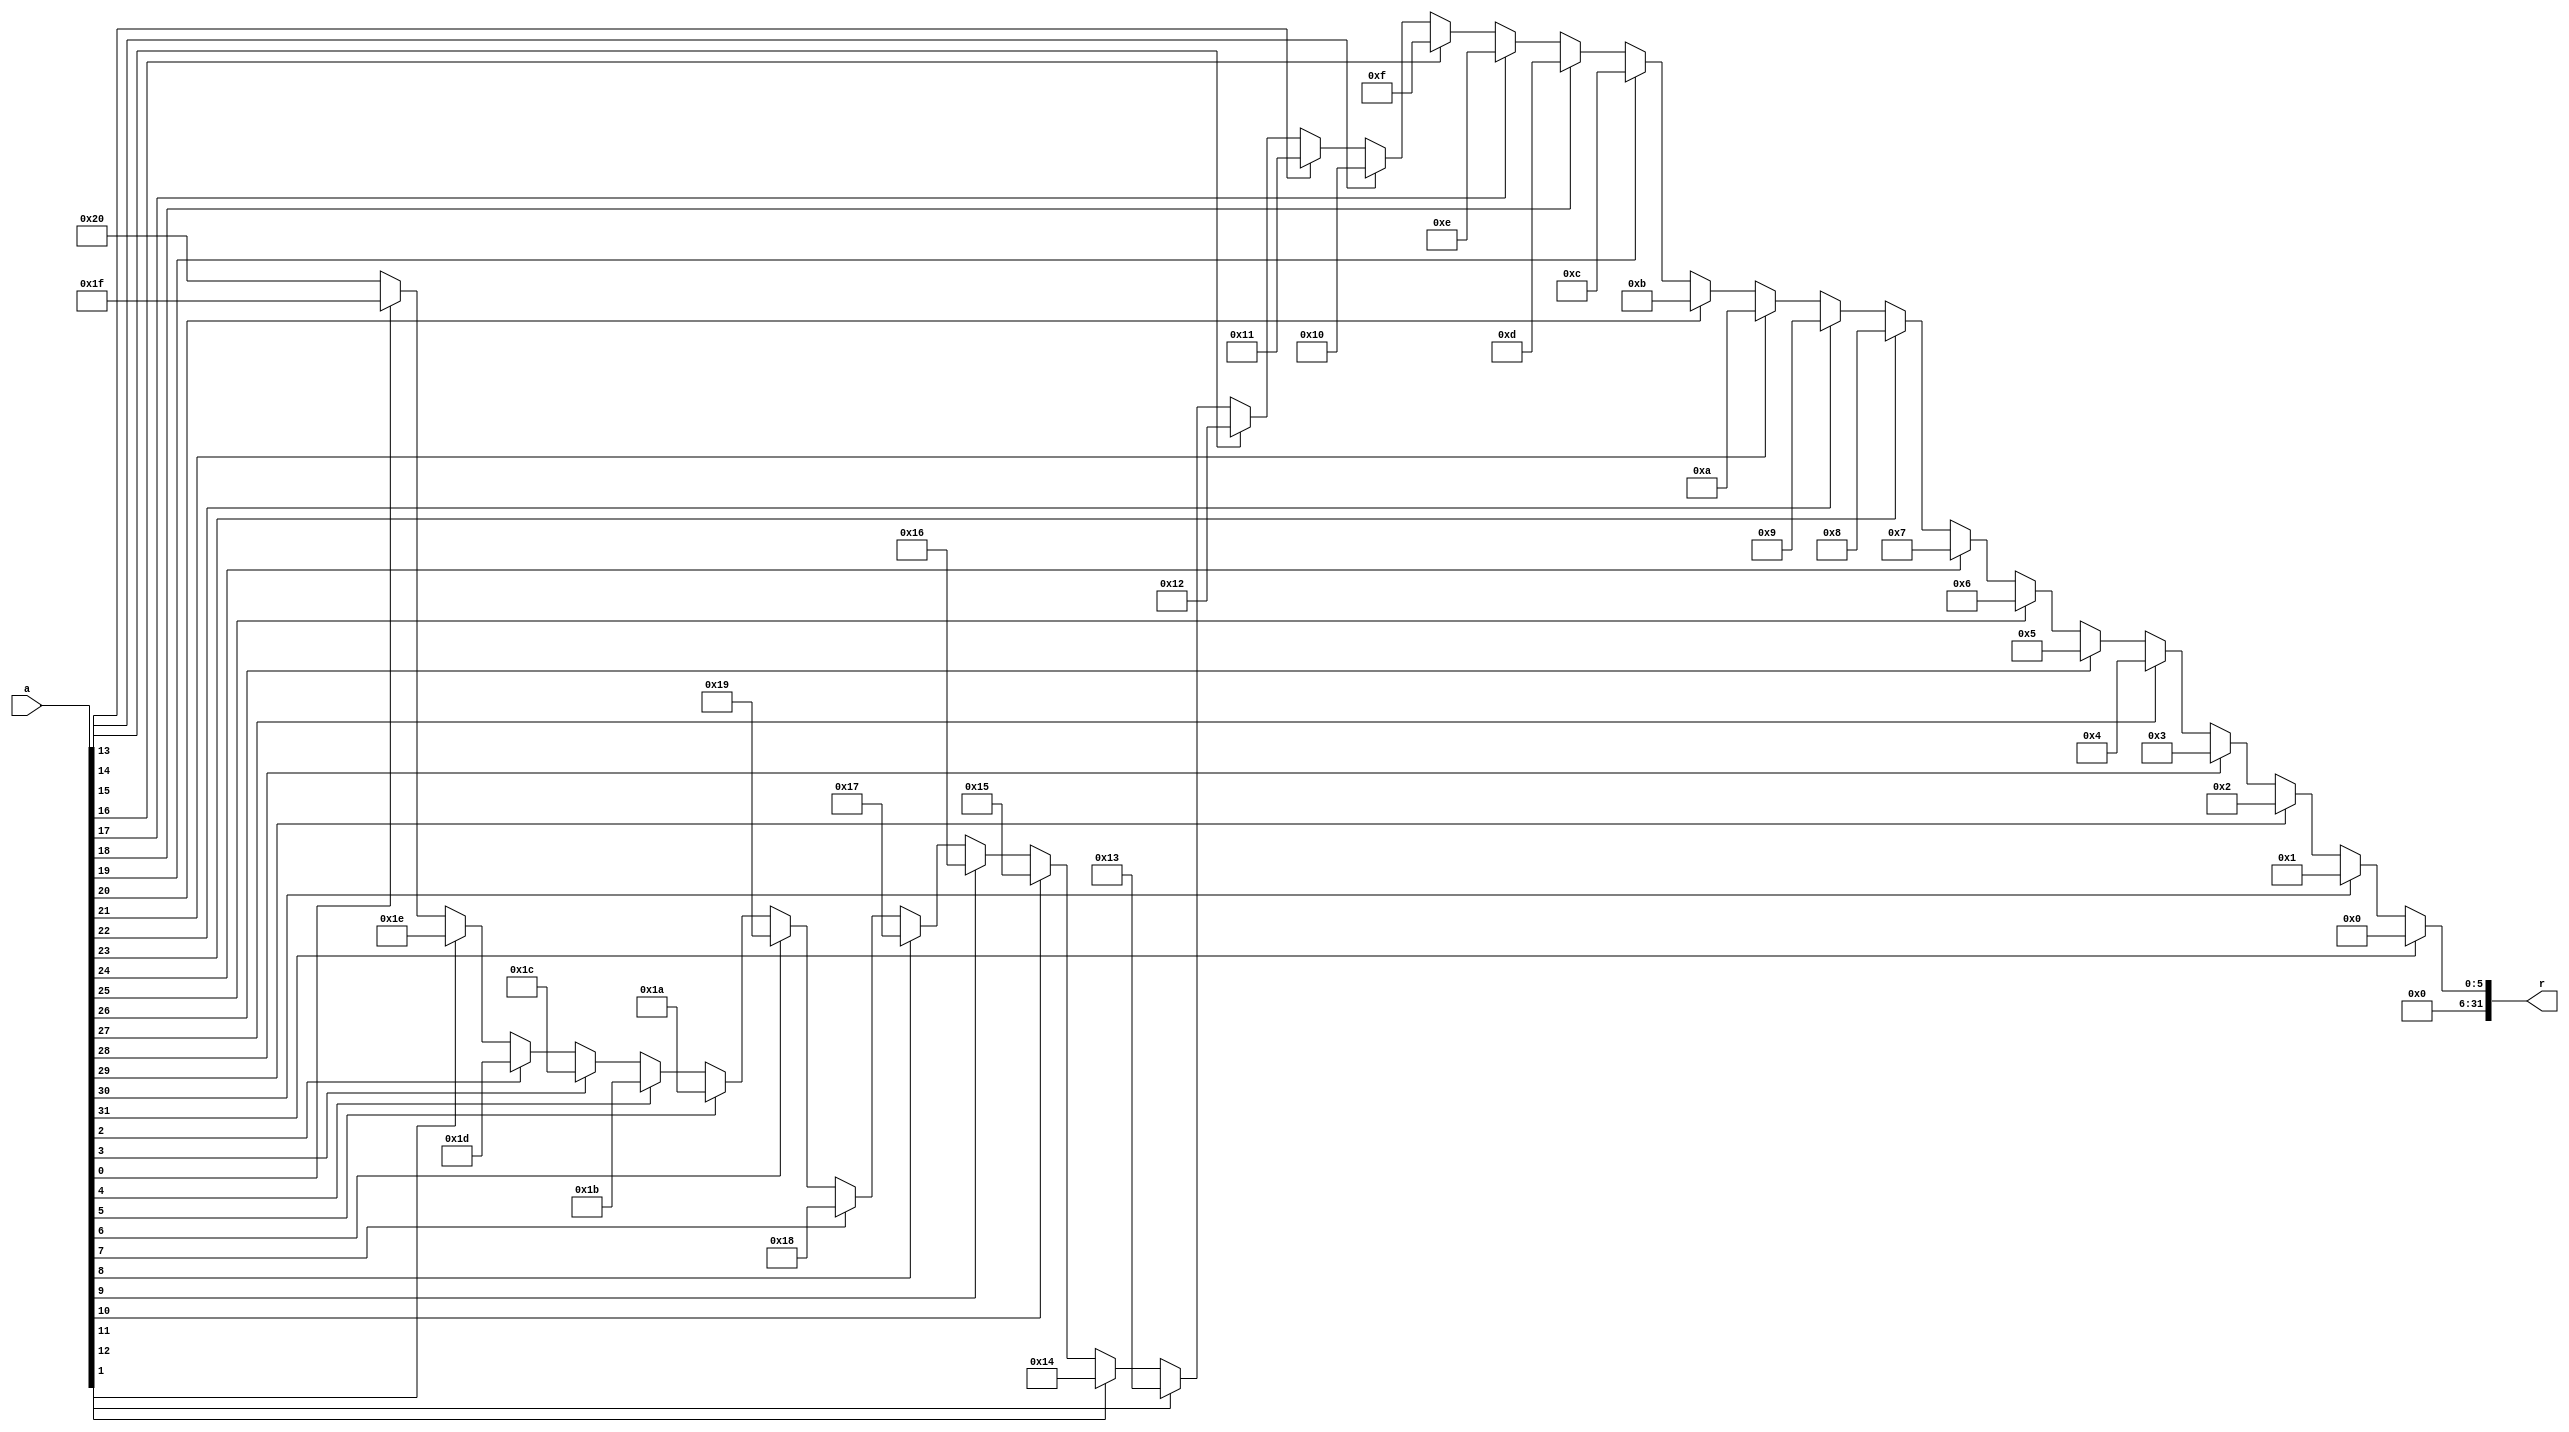
`timescale 1ns / 1ps

module clz(
    input [31:0] a,
    output [31:0] r
    );
    reg [31:0] tmp;
    assign r=tmp;
    
    always @ (*) begin
          if(a[31])
          tmp=0;
          else if(a[30])
          tmp=1;
          else if(a[29])
          tmp=2;
          else if(a[28])
          tmp=3;
          else if(a[27])
          tmp=4;
          else if(a[26])
          tmp=5;
          else if(a[25])
          tmp=6;
          else if(a[24])
          tmp=7;
          else if(a[23])
          tmp=8;
          else if(a[22])
          tmp=9;
          else if(a[21])
          tmp=10;
          else if(a[20])
          tmp=11;
          else if(a[19])
          tmp=12;
          else if(a[18])
          tmp=13;
          else if(a[17])
          tmp=14;
          else if(a[16])
          tmp=15;
          else if(a[15])
          tmp=16;
          else if(a[14])
          tmp=17;
          else if(a[13])
          tmp=18;
          else if(a[12])
          tmp=19;
          else if(a[11])
          tmp=20;
          else if(a[10])
          tmp=21;
          else if(a[9])
          tmp=22;
          else if(a[8])
          tmp=23;
          else if(a[7])
          tmp=24;
          else if(a[6])
          tmp=25;
          else if(a[5])
          tmp=26;
          else if(a[4])
          tmp=27;
          else if(a[3])
          tmp=28;
          else if(a[2])
          tmp=29;
          else if(a[1])
          tmp=30;
          else if(a[0])
          tmp=31;
          else
          tmp=32;
        end
        
endmodule